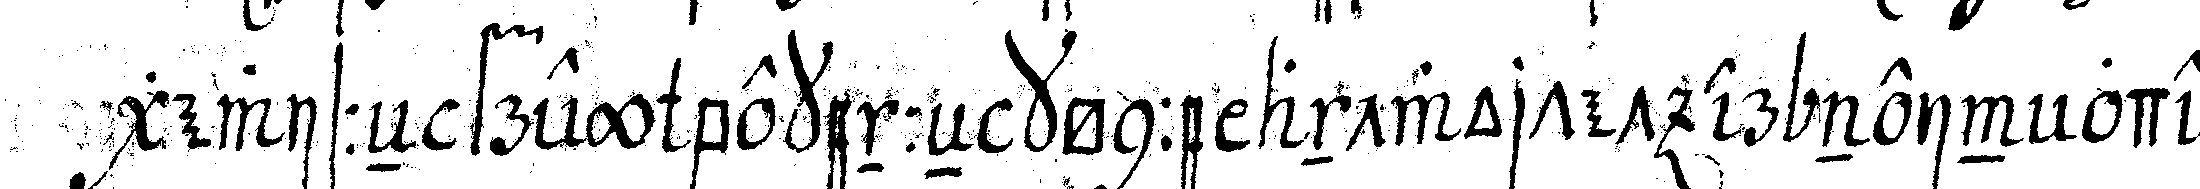
gewisseN frey bekenneN könne antwortet er nein oder